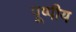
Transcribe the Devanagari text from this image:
पूष्पीय